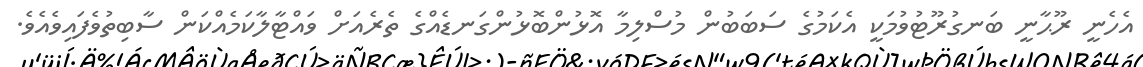
އެހެނީ ރޫޙާނީ ބަނގުރޫޓުވުމަކީ އެކަމުގެ ސަބަބުން މުސްލިމާ އޮޅުންބޮޅުންގަނޑެއްގެ ތެރެއަށް ވައްޓާލާކަމެއްކަން ސާބިތުވެފައިވެއެވެ.